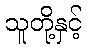
သူတို့နှင့်